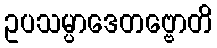
ဥပသမ္ပာဒေတဗ္ဗောတိ